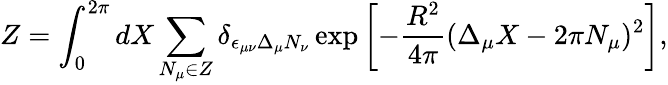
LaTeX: Z=\int_{0}^{2\pi}dX\sum_{N_{\mu}\in Z}\delta_{\epsilon_{\mu\nu}\Delta_{\mu}N_{\nu}}\exp\left[-\frac{R^{2}}{4\pi}(\Delta_{\mu}X-2\pi N_{\mu})^{2}\right],